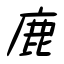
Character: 鹿